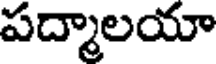
పద్మాలయా